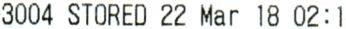
3004 STORED 22 MAR 18 02:1